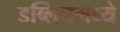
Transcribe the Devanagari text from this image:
डब्लिनमध्ये